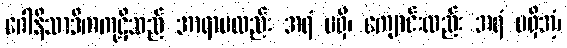
ဂေါနိသာဒိကကုဋိသည် အာရာမလည်း အရံ မရှိ၊ ကျောင်းလည်း အရံ မရှိအံ့၊